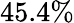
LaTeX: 45.4\%